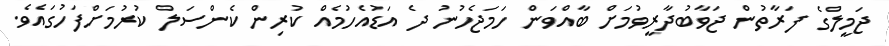
ޖަމީލްގެ ފަރާތުން ޖަވާބުދާރީވުމަށް ބާއްވަން ހަމަޖެހުނު ދެ އަޑުއެހުމެއް ކުރިން ކެންސަލް ކުރުމަށްފަހުގައެވެ.